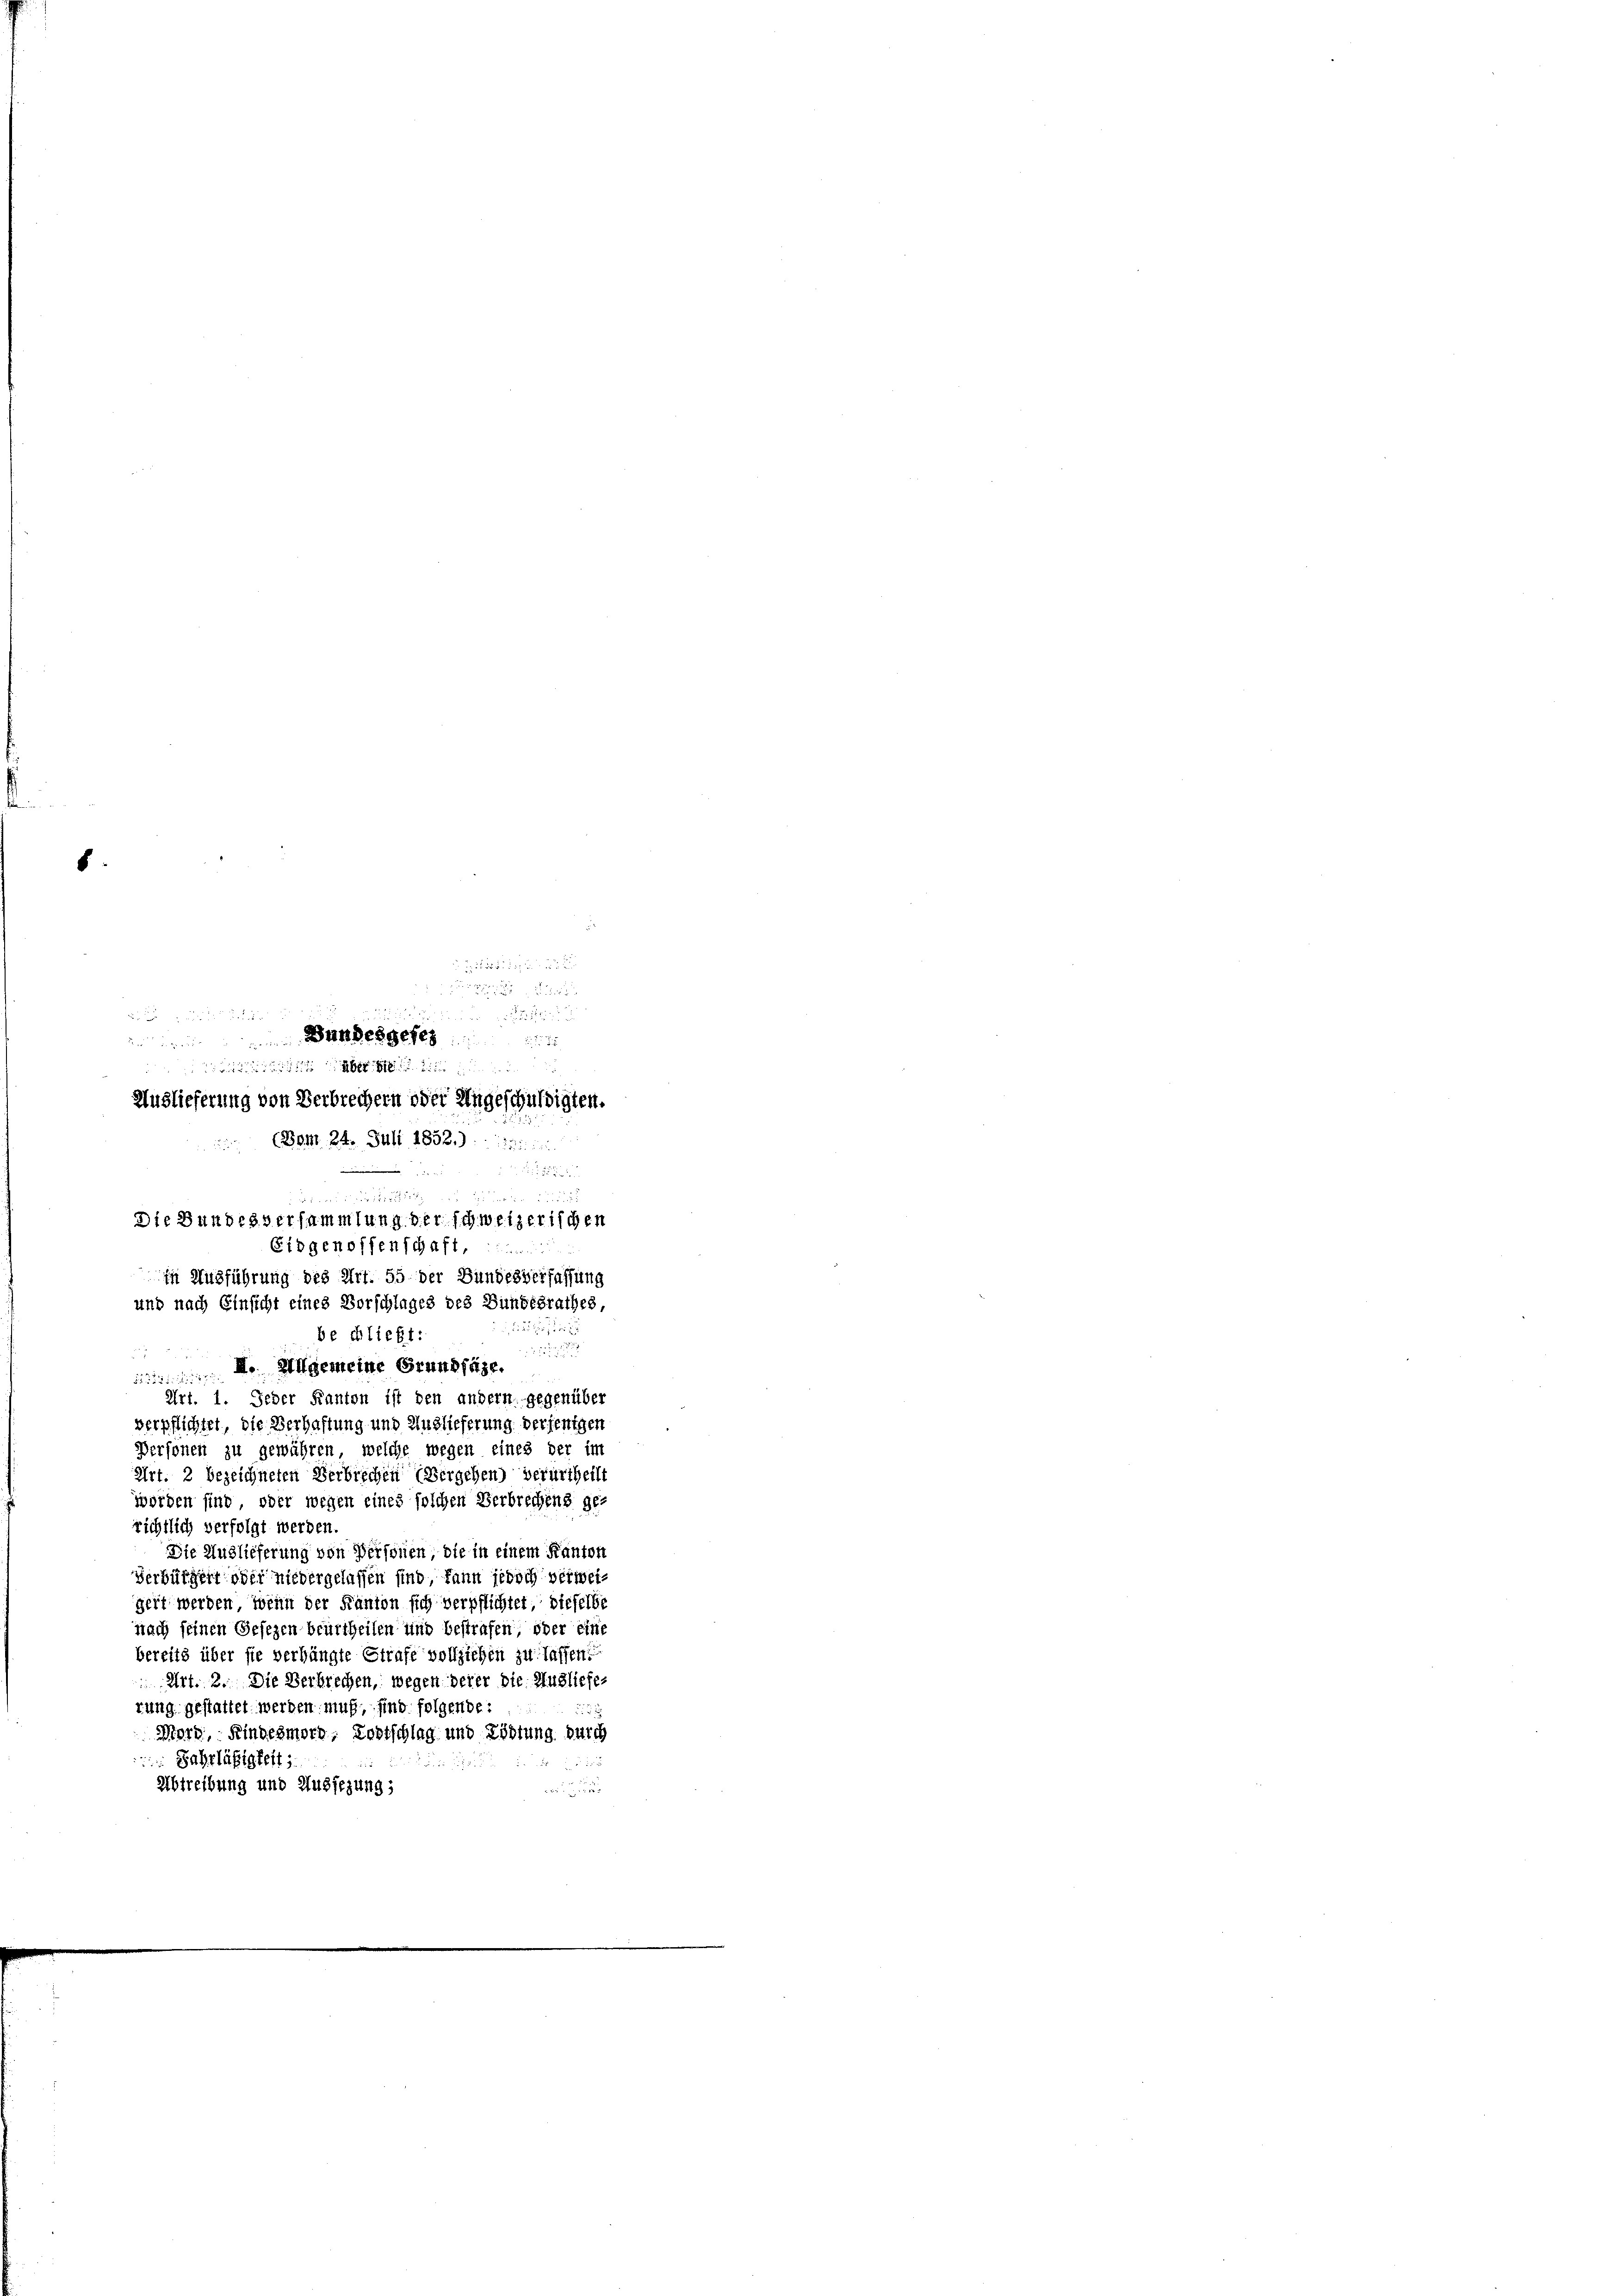
8.
.
 x

Bundesgeses
a
Auslieferung von Verbrechern oder Ungeschuldigten.
(Bom 24. Juli 1832.)

e

, die
2
Art. 1. Jeder Kanton ist den andern gegenüber
verpflichtet, die Verhaftung und Auslieferung derjenigen
Personen zu gewähren, welche wegen eines der im
Art. 2 bezeichneten Verbrechen (Vergehen) verurtheilt
worden sind, oder wegen eines solchen Verbrechens ge-
richtlich verfolgt werden.
Die Auslieferung von Personen die in einem Kanton
Verbürgert oder niedergelassen sind, kann jedoch verweigert werden, wenn der Kanton sich verpflichtet, dieselbe
nach seinen Gesezen beurtheilen und bestrafen oder eine
bereits über sie verhängte Strafe vollziehen zu lassen?
Art. 2. Die Verbrechen, wegen derer die Ausliefer
rung gestattet werden muß, sind folgende:
233
Mord, Kindesmord, Lostschlag und Tödtung durch
 Fahrlässigkeit
5
Abtreibung und Aussezung;

dazu e
Die Bundesversammlung der schweizerischen
Eidgenossenschaft
In Ausführung des Art. 55 der Bundesverfassung
und nach Einsicht eines Vorschlages des Bundesrathes,
bechließt:

 I. Allgemeine Grundlage.